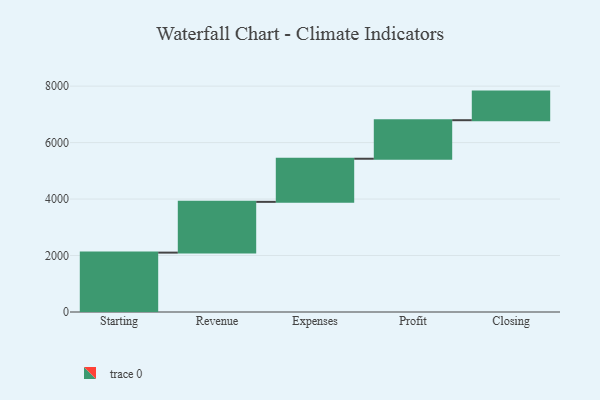
{"axis": {"x": "Step", "y": "Value"}, "legend": [""], "data": [{"x": "Starting", "y": 2103.0, "type": ""}, {"x": "Revenue", "y": 1798.0, "type": ""}, {"x": "Expenses", "y": 1527.0, "type": ""}, {"x": "Profit", "y": 1365.0, "type": ""}, {"x": "Closing", "y": 1013.0, "type": ""}]}